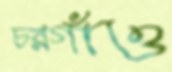
চরগাঁও